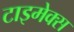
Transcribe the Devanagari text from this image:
टाइमेक्स